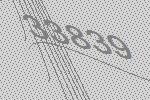
33839